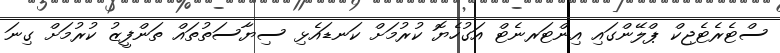
ސްޓެރެޓެޖިކް ޕްލޭންގައި އިންޓަރނެޓް އަގުހެޔޮ ކުރުމަށް ކަނޑައެޅި ސިޔާސަތުތައް ތަންފީޒު ކުރުމަށް ގިނަ